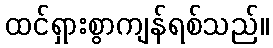
ထင်ရှားစွာကျန်ရစ်သည်။